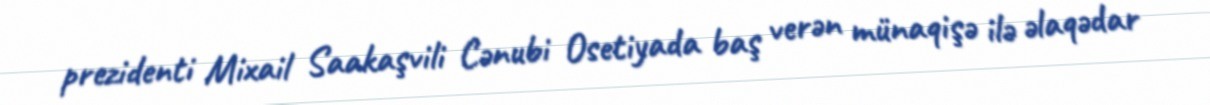
prezidenti Mixail Saakaşvili Cənubi Osetiyada baş verən münaqişə ilə əlaqədar